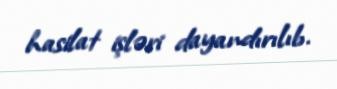
hasilat işləri dayandırılıb.